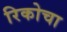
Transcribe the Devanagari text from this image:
रिकोचा